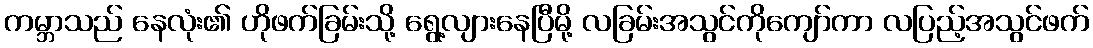
ကမ္ဘာသည် နေလုံး၏ ဟိုဖက်ခြမ်းသို့ ရွေ့လျားနေပြီမို့ လခြမ်းအသွင်ကိုကျော်ကာ လပြည့်အသွင်ဖက်